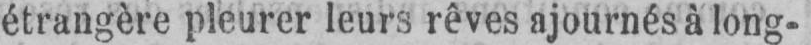
étrangère pleurer leurs rêves ajournés à long-